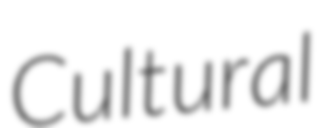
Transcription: Cultural